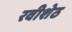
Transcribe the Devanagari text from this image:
रवीशेठ